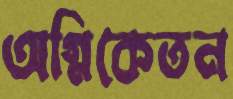
অগ্নিকেতন